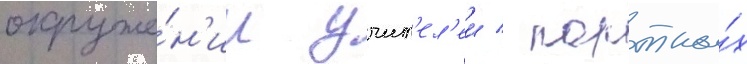
окруже́н'ии учит'ел'еи / портны́х